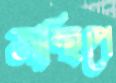
জান্থিপে